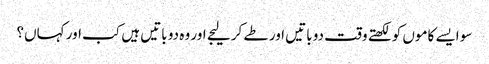
سو ایسے کاموں کو لکھتے وقت دو باتیں اور طے کر لیجے اور وہ دو باتیں ہیں کب اور کہاں؟